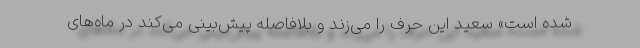
شده است» سعید این حرف را می‌زند و بلافاصله پیش‌بینی می‌کند در ماه‌های